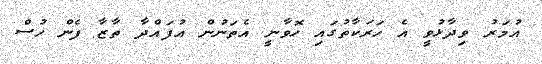
އުމަރު ވިދާޅުވީ އެ ހަރަކާތުގައި ހޮވާނީ އެތަނުން އުފައްދާ ތާޒާ ފެން ހުސް